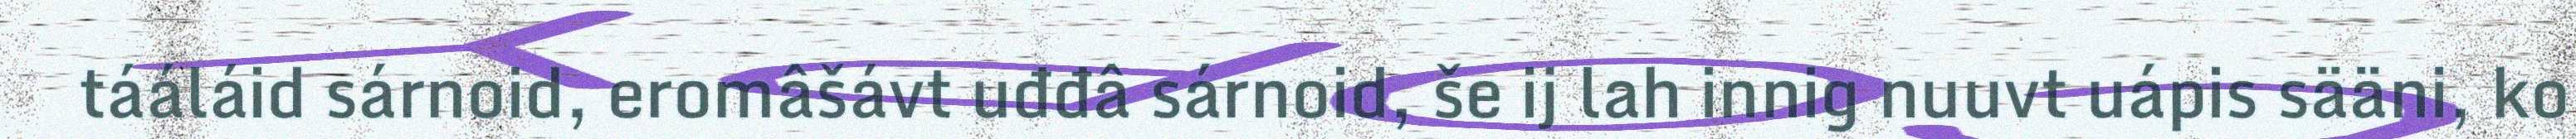
tááláid sárnoid, eromâšávt uđđâ sárnoid, še ij lah innig nuuvt uápis sääni, ko